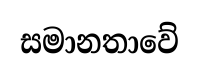
සමානතාවේ